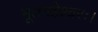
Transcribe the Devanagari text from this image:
भूतमहेश्वरः।